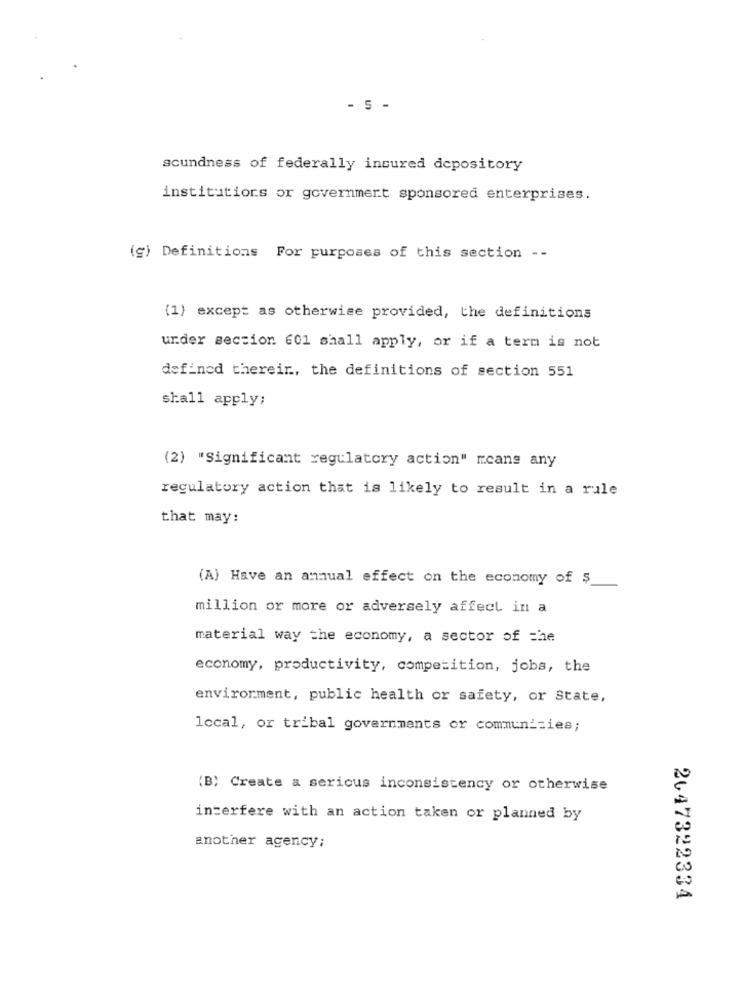
- 5 -
scundness of federally insured depository
institutions or government sponsored enterprises.
(g) Definitions For purposes of this section --
(1) except as otherwise provided, the definitions
under section 601 shall apply, or if a term is not
defined thereir, the definitions of section 551
shall apply;
(2) "Significant regulatory action" means any
regulatory action that is likely to result in a rule
that may:
(A) Have an annual effect on the economy of $
million or more or adversely affect in a
material way the economy, a sector of the
economy, productivity, competition, jobs, the
environment, public health or safety, or State,
local, or tribal governments or communities;
(B) Create a serious inconsistency or otherwise
interfere with an action taken or planned by
another agency;
2647322334